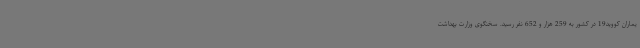
یماران کووید19 در کشور به 259 هزار و 652 نفر رسید. سخنگوی وزارت بهداشت